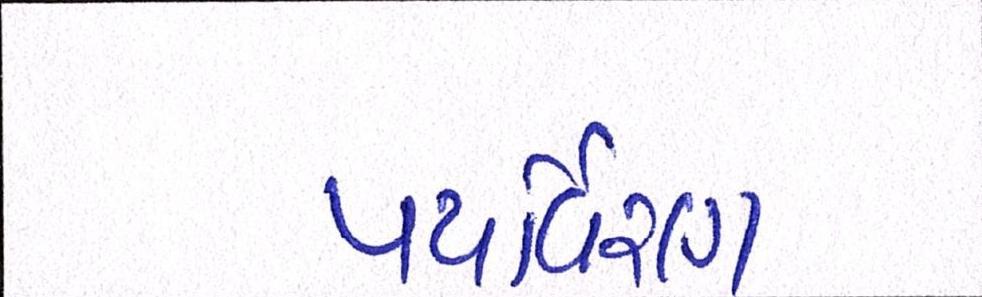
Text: પયર્વિરણ